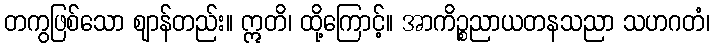
တကွဖြစ်သော ဈာန်တည်း။ ဣတိ၊ ထို့ကြောင့်။ အာကိဉ္စညာယတနသညာ သဟဂတံ၊